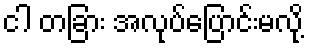
ငါ တခြား အလုပ်ပြောင်းမလို့